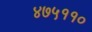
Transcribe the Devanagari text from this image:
४७५११०